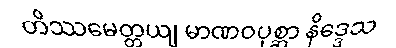
တိဿမေတ္တယျ မာဏဝပုစ္ဆာ နိဒ္ဒေသ